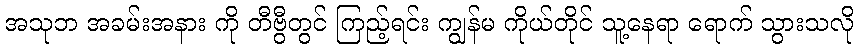
အသုဘ အခမ်းအနား ကို တီဗွီတွင် ကြည့်ရင်း ကျွန်မ ကိုယ်တိုင် သူ့နေရာ ရောက် သွားသလို